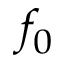
f _ { 0 }